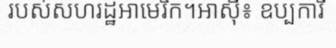
របស់សហរដ្ឋអាមេរិក។អាស៊ី៖ ឧប្បការី